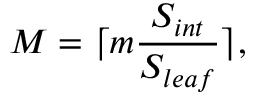
M = \lceil m \frac { S _ { i n t } } { S _ { l e a f } } \rceil ,